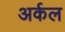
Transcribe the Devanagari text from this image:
अर्कल